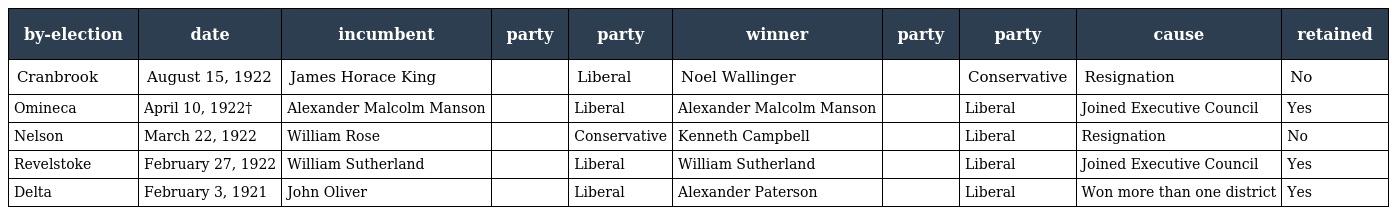
| by-election | date | incumbent | party | party | winner | party | party | cause | retained |
 | --- | --- | --- | --- | --- | --- | --- | --- | --- | --- |
 | Cranbrook | August 15, 1922 | James Horace King |  | Liberal | Noel Wallinger |  | Conservative | Resignation | No |
 | Omineca | April 10, 1922† | Alexander Malcolm Manson |  | Liberal | Alexander Malcolm Manson |  | Liberal | Joined Executive Council | Yes |
 | Nelson | March 22, 1922 | William Rose |  | Conservative | Kenneth Campbell |  | Liberal | Resignation | No |
 | Revelstoke | February 27, 1922 | William Sutherland |  | Liberal | William Sutherland |  | Liberal | Joined Executive Council | Yes |
 | Delta | February 3, 1921 | John Oliver |  | Liberal | Alexander Paterson |  | Liberal | Won more than one district | Yes |